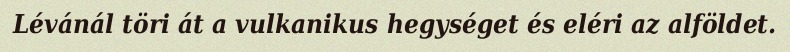
Lévánál töri át a vulkanikus hegységet és eléri az alföldet.